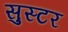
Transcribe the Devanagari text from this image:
सुस्टर